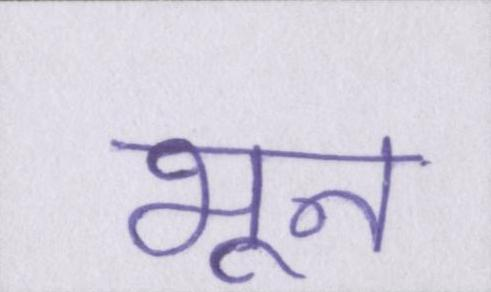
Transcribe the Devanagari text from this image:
भून